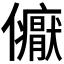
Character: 𭀏